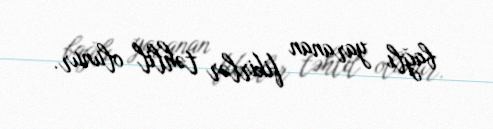
bağlı yaranan fikirlər təhlil olunur.